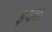
ફલશ